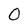
Character: O